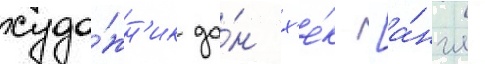
худо́жн'ик до́н х'е́к [а́нгл.